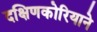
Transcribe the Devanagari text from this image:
दक्षिणकोरियाने